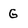
Character: G